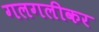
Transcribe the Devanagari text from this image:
गलगलीकर